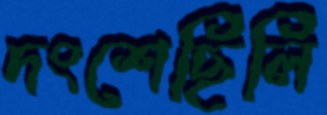
দংশেছিলি